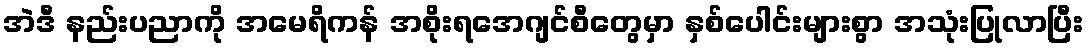
အဲဒီ နည်းပညာကို အမေရိကန် အစိုးရအေဂျင်စီတွေမှာ နှစ်ပေါင်းများစွာ အသုံးပြုလာပြီး